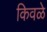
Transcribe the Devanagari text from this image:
किवळे